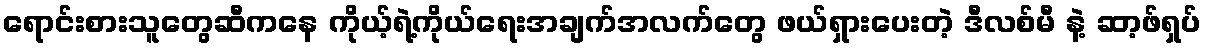
ရောင်းစားသူတွေဆီကနေ ကိုယ့်ရဲ့ကိုယ်ရေးအချက်အလက်တွေ ဖယ်ရှားပေးတဲ့ ဒီလစ်မီ နဲ့ ဆာ့ဖ်ရှပ်